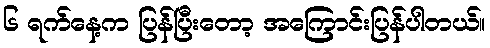
၆ ရက်နေ့က ပြန်ပြီးတော့ အကြောင်းပြန်ပါတယ်။